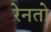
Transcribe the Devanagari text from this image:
रेनतो